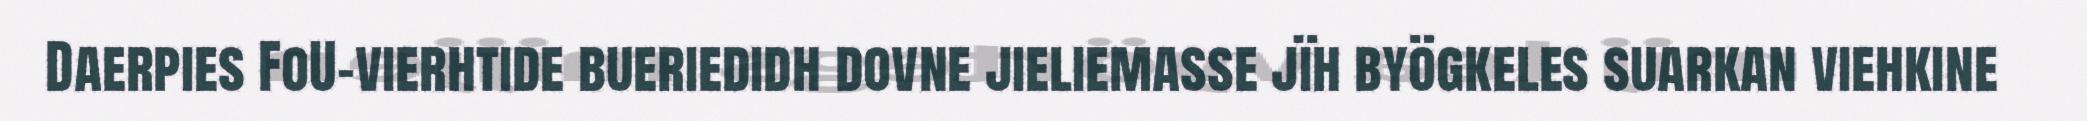
Daerpies FoU-vierhtide bueriedidh dovne jieliemasse jïh byögkeles suarkan viehkine